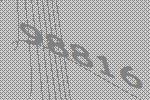
98816